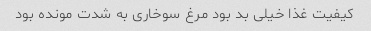
کیفیت غذا خیلی بد بود مرغ سوخاری به شدت مونده بود